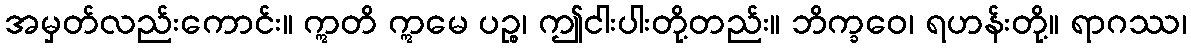
အမှတ်လည်းကောင်း။ ဣတိ ဣမေ ပဉ္စ၊ ဤငါးပါးတို့တည်း။ ဘိက္ခဝေ၊ ရဟန်းတို့။ ရာဂဿ၊